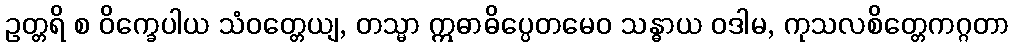
ဥတ္တရိ စ ဝိက္ခေပါယ သံဝတ္တေယျ, တသ္မာ ဣဓာဓိပ္ပေတမေဝ သန္ဓာယ ဝဒါမ, ကုသလစိတ္တေကဂ္ဂတာ